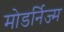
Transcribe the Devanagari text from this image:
मोडर्निज्म